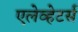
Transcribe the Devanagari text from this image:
एलेव्हेटर्स